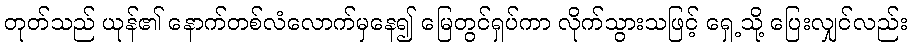
တုတ်သည် ယုန်၏ နောက်တစ်လံလောက်မှနေ၍ မြေတွင်ရှပ်ကာ လိုက်သွားသဖြင့် ရှေ့သို့ ပြေးလျှင်လည်း